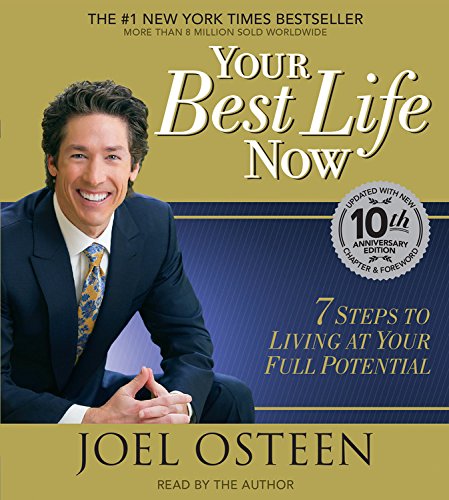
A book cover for Your Best Life Now: 7 Steps to Living at Your Full Potential; Joel Osteen; Religion & Spirituality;